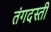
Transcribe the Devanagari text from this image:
तंगदस्ती